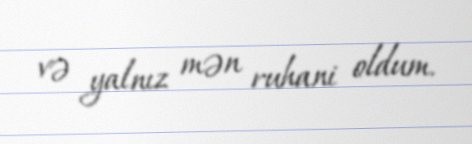
və yalnız mən ruhani oldum.